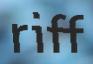
riff